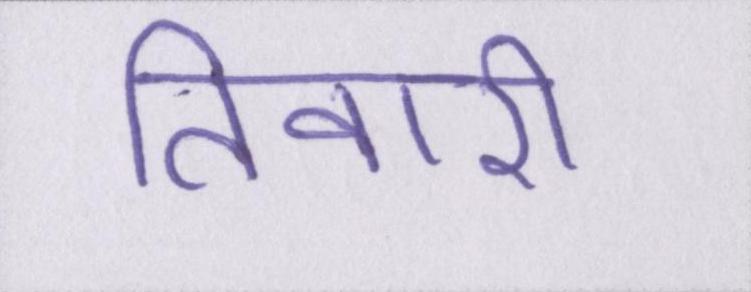
तिवारी